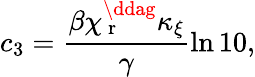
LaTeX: c_{3}=\frac{\beta\chi_{\mathrm{~r~}}^{\ddag}\kappa_{\xi}}{\gamma}\ln 10,